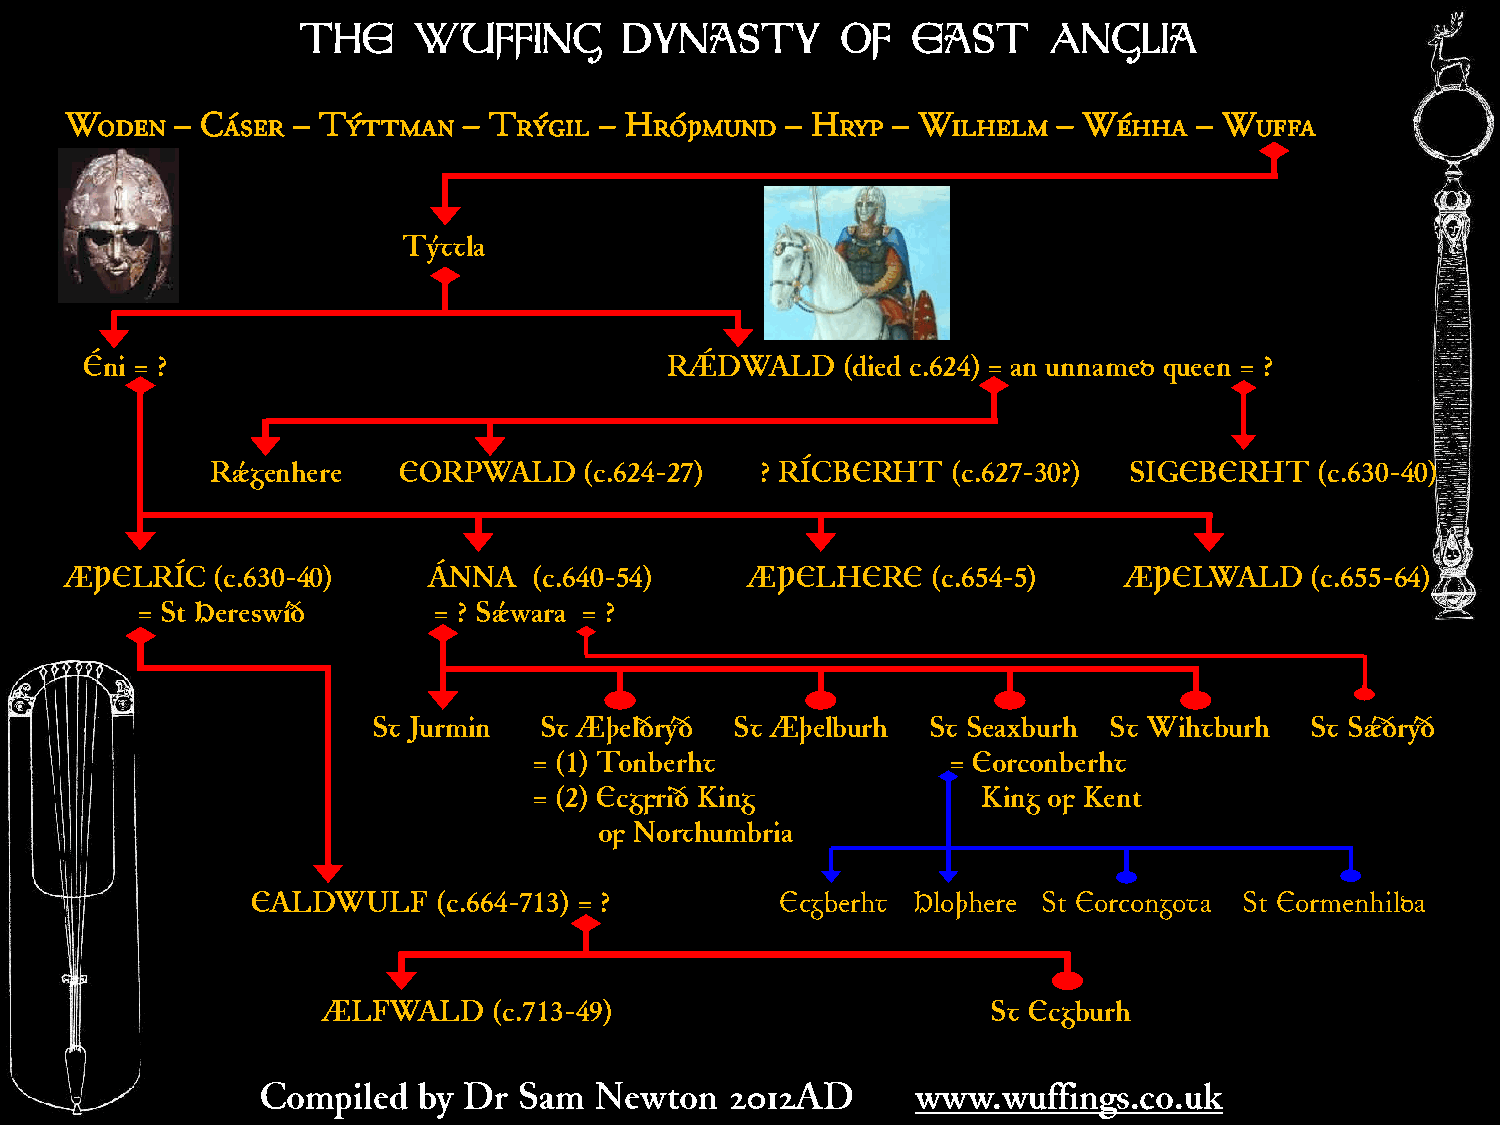
THe    WuffiNG       DyNasty        of  East      ANGlia
 Woden   – Cáser – Týttman  – Trýgil – Hróþmund  – Hryp – Wilhelm  – Wéhha  – Wuffa
 Týttla
 Éni = ?                                RÂDWALD     (died c.624) = an unnamed queen = ?
 Râgenhere   EORPWALD     (c.624-27) ? RÍCBERHT   (c.627-30?) SIGEBERHT   (c.630-40)
 ÆÞELRÍC   (c.630-40)    ÁNNA   (c.640-54)     ÆÞELHERE    (c.654-5)   ÆÞELWALD     (c.655-64)
 = St Hereswíð       = ? Sâwara = ?
 St Jurmin  St Æþelðrýð  St Æþelburh St Seaxburh St Wihtburh   St Sâðrýð
 = (1) Tonberht              = Eorconberht
 = (2) Ecgfrið King            King of Kent
 of Northumbria
 EALDWULF    (c.664-713) = ?        Ecgberht Hloþhere St Eorcongota St Eormenhilda
 ÆLFWALD     (c.713-49)                       St Ecgburh
 Compiled   by Dr Sam  Newton   2012AD       www.wuffings.co.uk